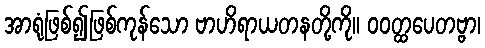
အာရုံဖြစ်၍ဖြစ်ကုန်သော ဗာဟိရာယတနတို့ကို။ ဝဝတ္ထပေတဗ္ဗာ၊